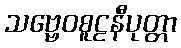
သဗ္ဗေဝစူဠနီပုတ္တာ